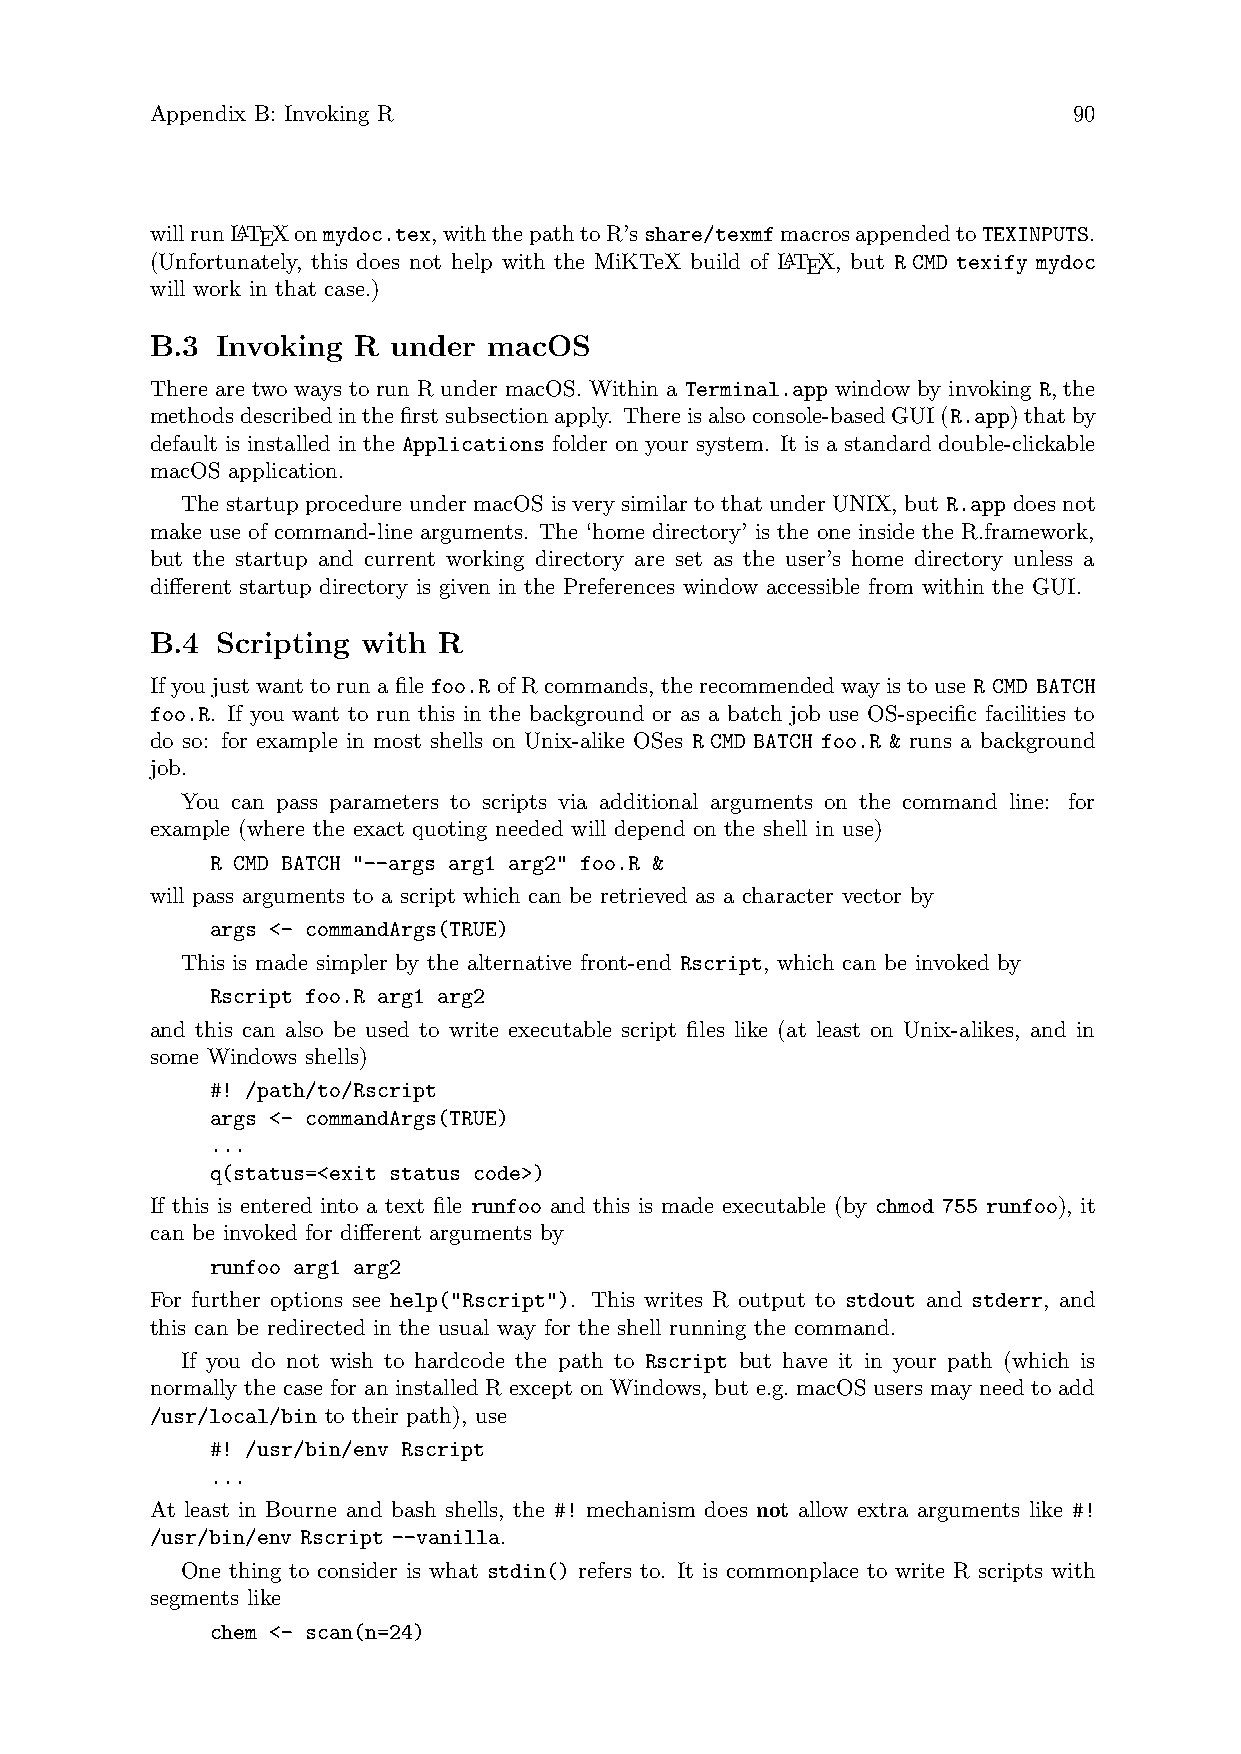
Appendix B: Invoking R                                       90
 willrunLATEXonmydoc.tex,withthepathtoR’sshare/texmfmacrosappendedtoTEXINPUTS.
 (Unfortunately, this does not help with the MiKTeX build of LATEX, but R CMD texify mydoc
 will work in that case.)
 B.3 Invoking R  under macOS
 There are two ways to run R under macOS. Within a Terminal.app window by invoking R, the
 methodsdescribedinthefirstsubsectionapply. Thereisalsoconsole-basedGUI(R.app)thatby
 default is installed in the Applications folder on your system. It is a standard double-clickable
 macOS application.
 The startup procedure under macOS is very similar to that under UNIX, but R.app does not
 make use of command-line arguments. The ‘home directory’ is the one inside the R.framework,
 but the startup and current working directory are set as the user’s home directory unless a
 different startup directory is given in the Preferences window accessible from within the GUI.
 B.4 Scripting with R
 Ifyoujustwanttorunafilefoo.RofRcommands, therecommendedwayistouseR CMD BATCH
 foo.R. If you want to run this in the background or as a batch job use OS-specific facilities to
 do so: for example in most shells on Unix-alike OSes R CMD BATCH foo.R & runs a background
 job.
 You can pass parameters to scripts via additional arguments on the command line: for
 example (where the exact quoting needed will depend on the shell in use)
 R CMD BATCH "--args arg1 arg2" foo.R &
 will pass arguments to a script which can be retrieved as a character vector by
 args <- commandArgs(TRUE)
 This is made simpler by the alternative front-end Rscript, which can be invoked by
 Rscript foo.R arg1 arg2
 and this can also be used to write executable script files like (at least on Unix-alikes, and in
 some Windows shells)
 #! /path/to/Rscript
 args <- commandArgs(TRUE)
 ...
 q(status=<exit status code>)
 If this is entered into a text file runfoo and this is made executable (by chmod 755 runfoo), it
 can be invoked for different arguments by
 runfoo arg1 arg2
 For further options see help("Rscript"). This writes R output to stdout and stderr, and
 this can be redirected in the usual way for the shell running the command.
 If you do not wish to hardcode the path to Rscript but have it in your path (which is
 normally the case for an installed R except on Windows, but e.g. macOS users may need to add
 /usr/local/bin to their path), use
 #! /usr/bin/env Rscript
 ...
 At least in Bourne and bash shells, the #! mechanism does not allow extra arguments like #!
 /usr/bin/env Rscript --vanilla.
 One thing to consider is what stdin() refers to. It is commonplace to write R scripts with
 segments like
 chem <- scan(n=24)